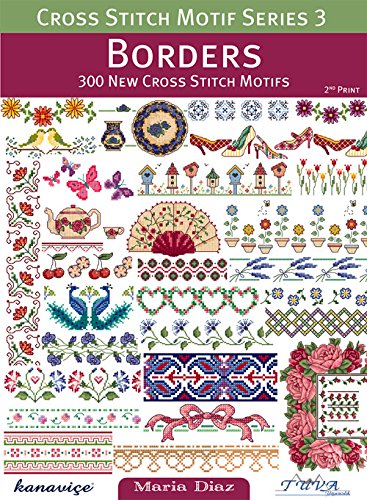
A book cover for Cross Stitch Motif Series 3: Borders: 300 New Cross Stitch Motifs; Maria Diaz; Crafts, Hobbies & Home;